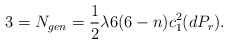
\begin{align*}3 = N_{gen} = \frac{1}{2} \lambda 6 (6 - n) c^{2}_{1}(dP_{r}).\end{align*}